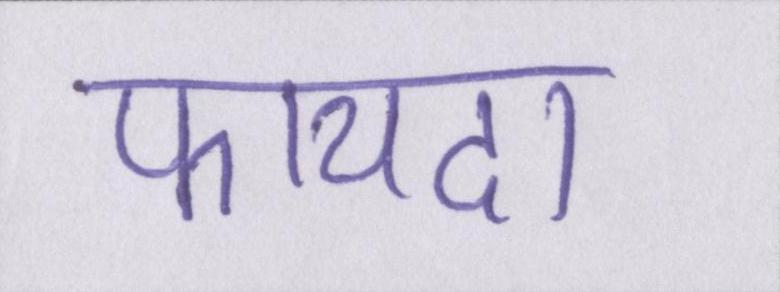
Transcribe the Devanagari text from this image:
फायदा